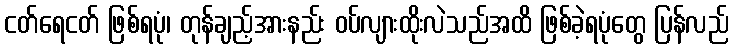
ငတ်ရေငတ် ဖြစ်ရပုံ၊ တုန်ချည့်အားနည်း ဝပ်လျားထိုးလဲသည်အထိ ဖြစ်ခဲ့ရပုံတွေ ပြန်လည်